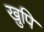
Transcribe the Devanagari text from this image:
खुपि